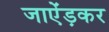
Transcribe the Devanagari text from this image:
जाऐंड़कर